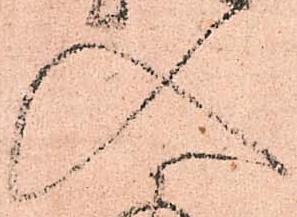
入